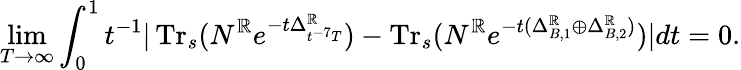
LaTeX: \operatorname*{lim}_{T\to\infty}\int_{0}^{1}t^{-1}|\operatorname{Tr}_{s}(N^{\mathbb{R}}e^{-t\Delta_{t^{-7}T}^{\mathbb{R}}})-\operatorname{Tr}_{s}(N^{\mathbb{R}}e^{-t(\Delta_{B,1}^{\mathbb{R}}\oplus\Delta_{B,2}^{\mathbb{R}})})|dt=0.